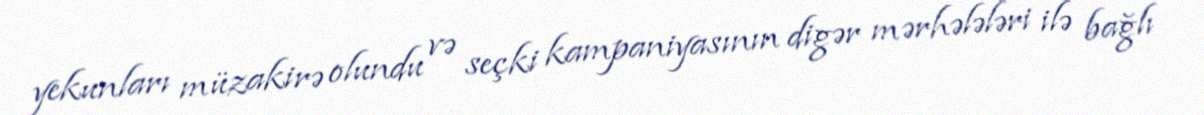
yekunları müzakirə olundu və seçki kampaniyasının digər mərhələləri ilə bağlı